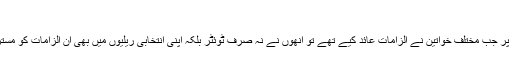
"
ٹرمپ پر جب مختلف خواتین نے الزامات عائد کیے تھے تو انھوں نے نہ صرف ٹوئٹر بلکہ اپنی انتخابی ریلیوں میں بھی ان الزامات کو مسترد کیا۔